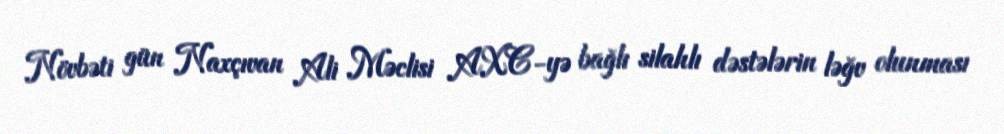
Növbəti gün Naxçıvan Ali Məclisi AXC-yə bağlı silahlı dəstələrin ləğv olunması